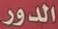
الدور